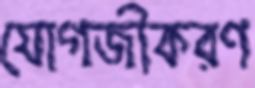
যোগজীকরণ